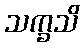
သက္ခသိ